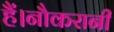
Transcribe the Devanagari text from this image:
हैं।नौकरानी